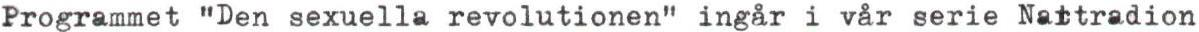
Programmet "Den sexuella revolutionen" ingår i vår serie Nattradion